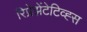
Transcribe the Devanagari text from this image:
रिप्रेझेंटेटिव्ह्स